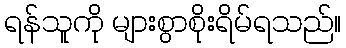
ရန်သူကို များစွာစိုးရိမ်ရသည်။